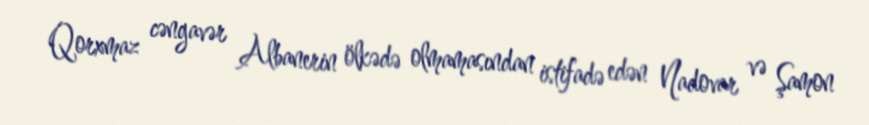
Qorxmaz cəngavər Albanerin ölkədə olmamasından istifadə edən Nadovar və Şamon